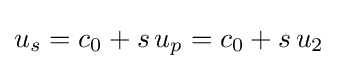
u_{s}=c_{0}+s\,u_{p}=c_{0}+s\,u_{2}